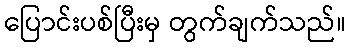
ပြောင်းပစ်ပြီးမှ တွက်ချက်သည်။